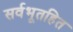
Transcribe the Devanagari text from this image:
सर्वभूतहित